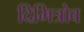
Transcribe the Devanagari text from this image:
दिमित्रोव